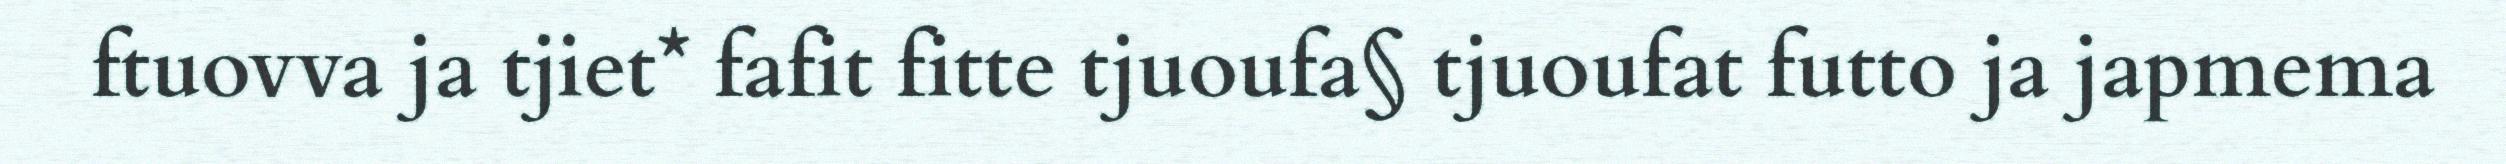
ftuovva ja tjiet* fafit fitte tjuoufa§ tjuoufat futto ja japmema